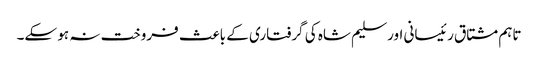
تاہم مشتاق رئیسانی اور سلیم شاہ کی گرفتاری کے باعث فروخت نہ ہو سکے۔